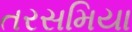
તરસમિયા